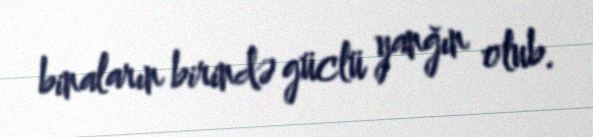
binaların birində güclü yanğın olub.